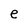
Character: e